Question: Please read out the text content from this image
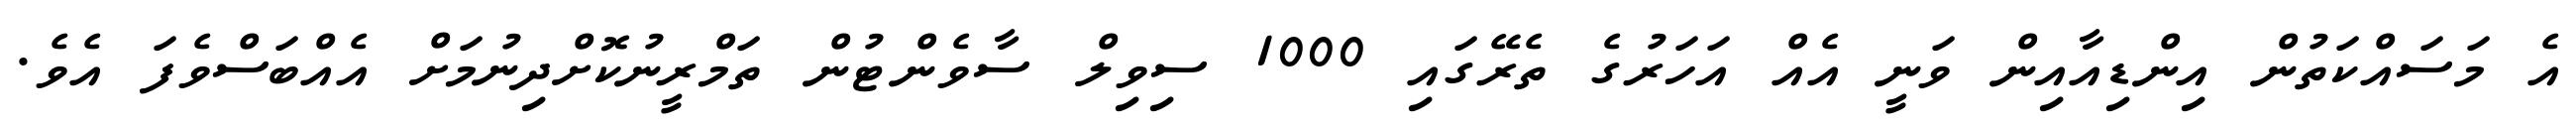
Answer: އެ މަސައްކަތުން އިންޑިއާއިން ވަނީ އެއް އަހަރުގެ ތެރޭގައި 1000 ސިވިލް ސާވެންޓުން ތަމްރީނުކޮށްދިނުމަށް އެއްބަސްވެފަ އެވެ.